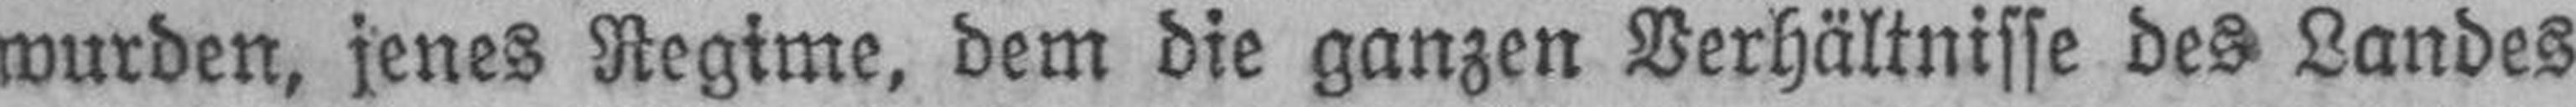
wurden, jenes Regime, dem die ganzen Verhältnisse des Landes